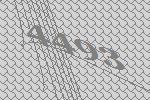
4493